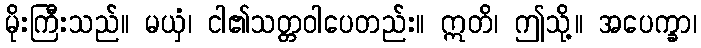
မိုးကြီးသည်။ မယှံ၊ ငါ၏သတ္တဝါပေတည်း။ ဣတိ၊ ဤသို့။ အပေက္ခာ၊